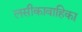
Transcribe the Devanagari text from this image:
लसीकावाहिका